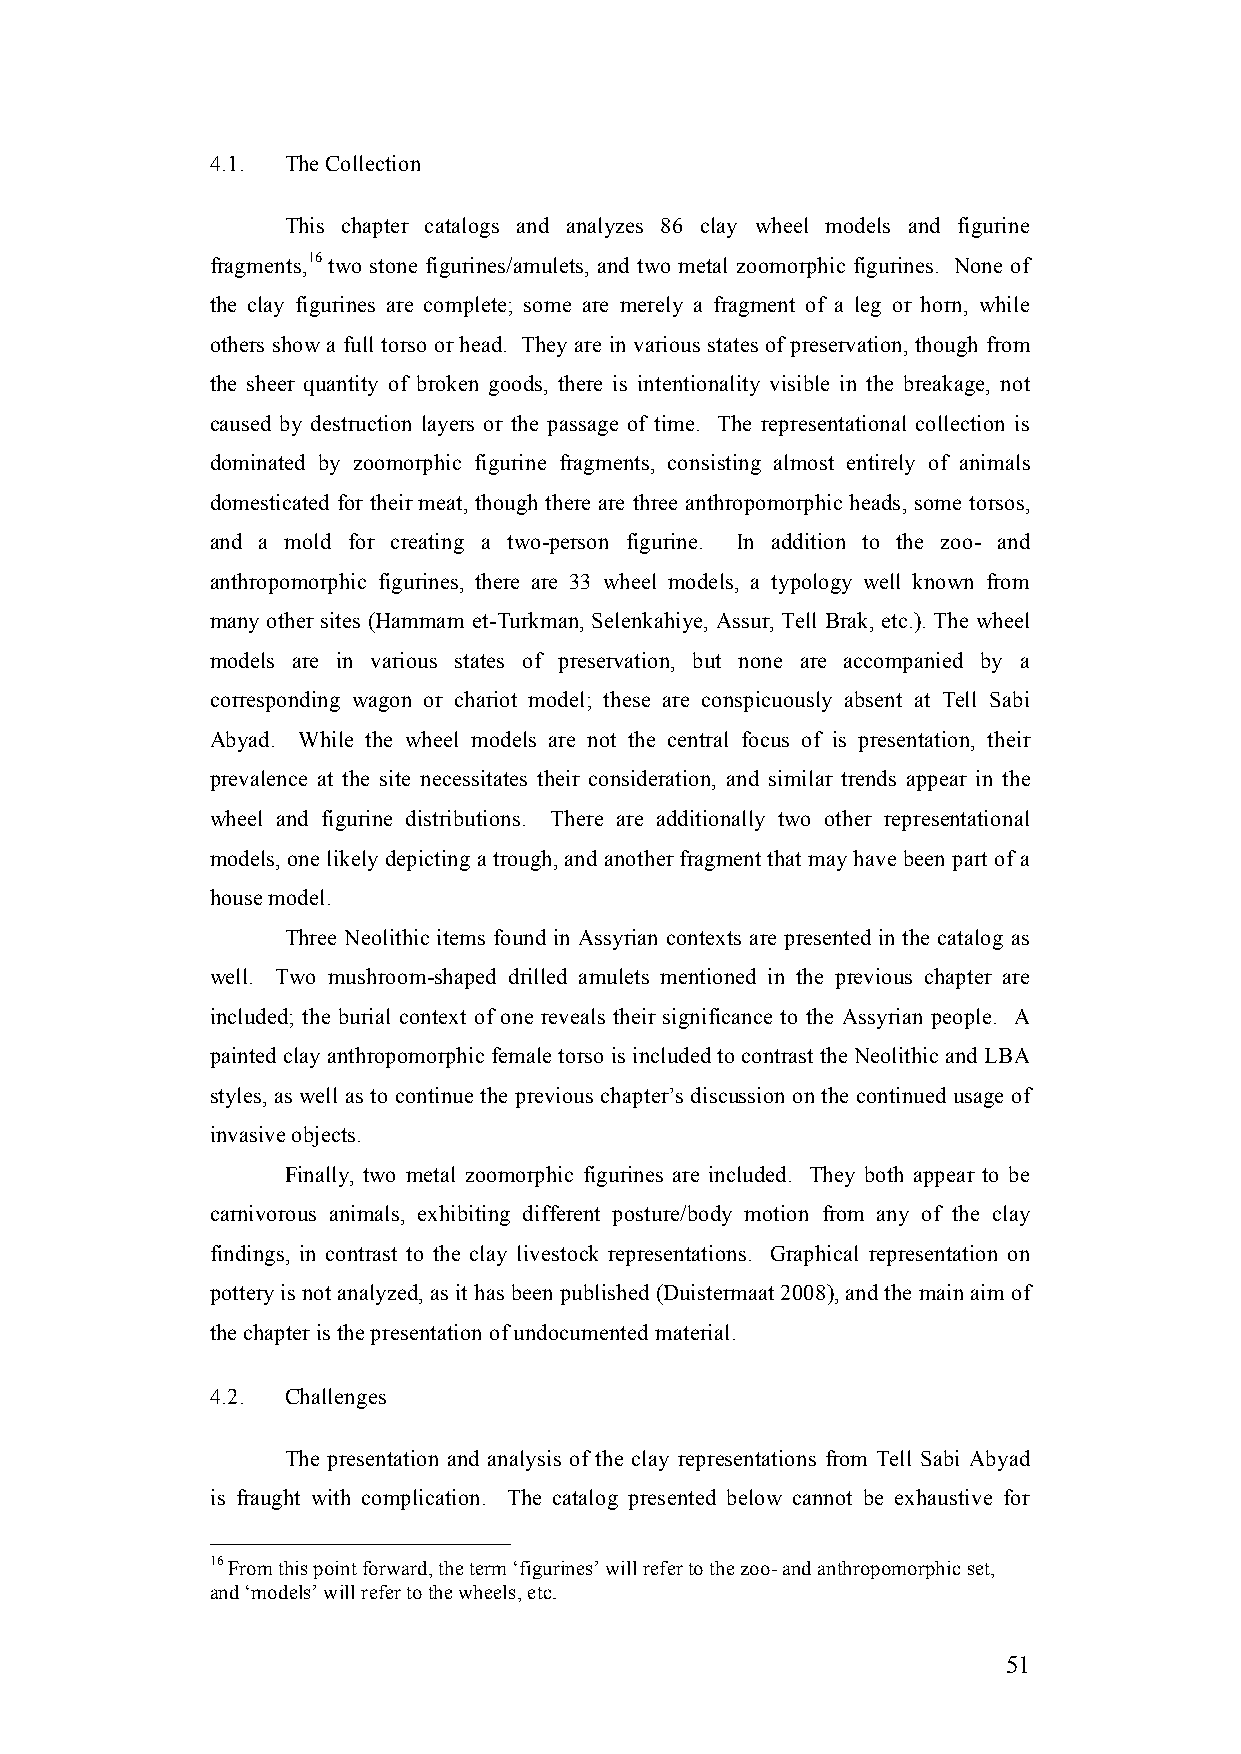
4.1. The Collection
 This chapter catalogs and analyzes 86 clay wheel models and figurine
 fragments,16 two stone figurines/amulets, and two metal zoomorphic figurines. None of
 the clay figurines are complete; some are merely a fragment of a leg or horn, while
 others show a full torso or head. They are in various states of preservation, though from
 the sheer quantity of broken goods, there is intentionality visible in the breakage, not
 caused by destruction layers or the passage of time. The representational collection is
 dominated by zoomorphic figurine fragments, consisting almost entirely of animals
 domesticated for their meat, though there are three anthropomorphic heads, some torsos,
 and a mold for creating a two-person figurine. In addition to the zoo- and
 anthropomorphic figurines, there are 33 wheel models, a typology well known from
 many other sites (Hammam et-Turkman, Selenkahiye, Assur, Tell Brak, etc.). The wheel
 models are in various states of preservation, but none are accompanied by a
 corresponding wagon or chariot model; these are conspicuously absent at Tell Sabi
 Abyad. While the wheel models are not the central focus of is presentation, their
 prevalence at the site necessitates their consideration, and similar trends appear in the
 wheel and figurine distributions. There are additionally two other representational
 models, one likely depicting a trough, and another fragment that may have been part of a
 house model.
 Three Neolithic items found in Assyrian contexts are presented in the catalog as
 well. Two mushroom-shaped drilled amulets mentioned in the previous chapter are
 included; the burial context of one reveals their significance to the Assyrian people. A
 painted clay anthropomorphic female torso is included to contrast the Neolithic and LBA
 styles, as well as to continue the previous chapter’s discussion on the continued usage of
 invasive objects.
 Finally, two metal zoomorphic figurines are included. They both appear to be
 carnivorous animals, exhibiting different posture/body motion from any of the clay
 findings, in contrast to the clay livestock representations. Graphical representation on
 pottery is not analyzed, as it has been published (Duistermaat 2008), and the main aim of
 the chapter is the presentation of undocumented material.
 4.2. Challenges
 The presentation and analysis of the clay representations from Tell Sabi Abyad
 is fraught with complication. The catalog presented below cannot be exhaustive for
 16 From this point forward, the term ‘figurines’ will refer to the zoo- and anthropomorphic set,
 and ‘models’ will refer to the wheels, etc.
 51